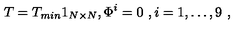
T = T _ { m i n } 1 _ { N \times N } , \Phi ^ { i } = 0 \ , i = 1 , \dots , 9 \ ,